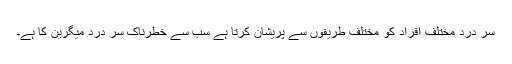
سر درد مختلف افراد کو مختلف طریقوں سے پریشان کرتا ہے سب سے خطرناک سر درد میگرین کا ہے۔